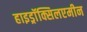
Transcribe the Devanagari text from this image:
हाइड्राॅक्सिलएमीन